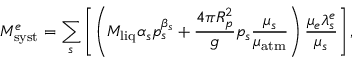
M _ { \mathrm { s y s t } } ^ { e } = \sum _ { s } \left[ \left( M _ { \mathrm { l i q } } \alpha _ { s } p _ { s } ^ { \beta _ { s } } + \frac { 4 \pi R _ { p } ^ { 2 } } { g } p _ { s } \frac { \mu _ { s } } { \mu _ { \mathrm { a t m } } } \right) \frac { \mu _ { e } \lambda _ { s } ^ { e } } { \mu _ { s } } \right] ,